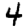
Digit: 4